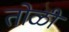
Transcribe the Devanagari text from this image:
तोळी